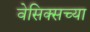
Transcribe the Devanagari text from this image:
वेसिक्सच्या